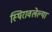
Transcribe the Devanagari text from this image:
स्थिरावलेल्या